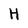
Character: H